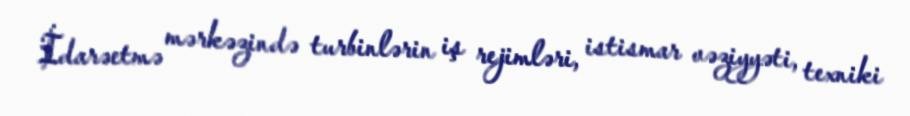
İdarəetmə mərkəzində turbinlərin iş rejimləri, istismar vəziyyəti, texniki